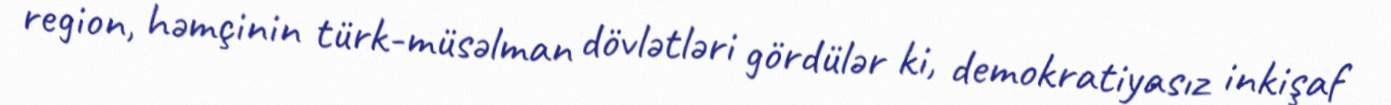
region, həmçinin türk-müsəlman dövlətləri gördülər ki, demokratiyasız inkişaf